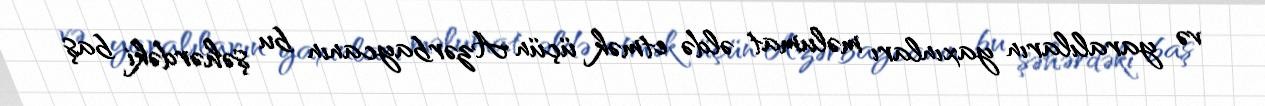
və yaralıların yaxınları məlumat əldə etmək üçün Azərbaycanın bu şəhərdəki baş